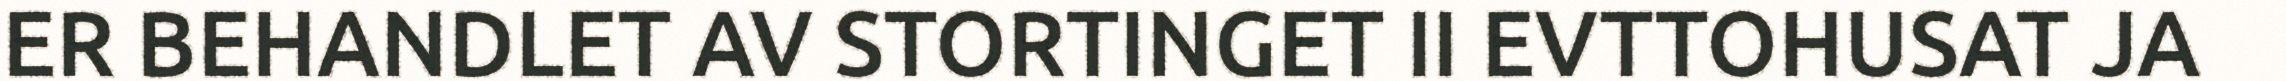
ER BEHANDLET AV STORTINGET II EVTTOHUSAT JA